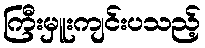
ကြီးမှူးကျင်းပသည့်